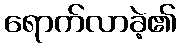
ရောက်လာခဲ့၏